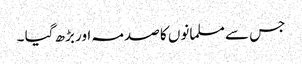
جس سے مسلمانوں کا صدمہ اور بڑھ گیا ۔